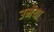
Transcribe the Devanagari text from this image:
उमेया